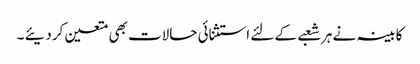
کابینہ نے ہر شعبے کے لئے استثنائی حالات بھی متعین کردیئے ۔